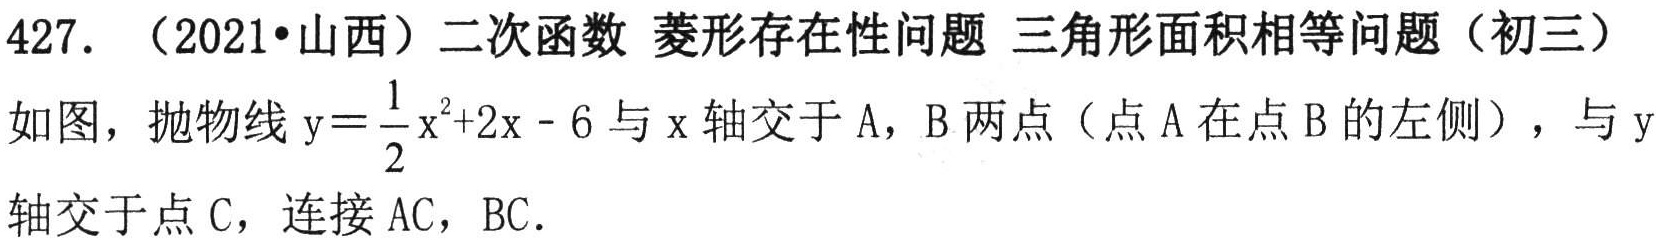
427. （2021•山西）二次函数 菱形存在性问题 三角形面积相等问题（初三）
如图，抛物线\(y = \frac{1}{2}x^{2}+2x - 6\)与\(x\)轴交于A，B两点（点A在点B的左侧），与\(y\)轴交于点C，连接AC，BC.